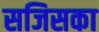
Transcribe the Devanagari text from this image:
सजिसका